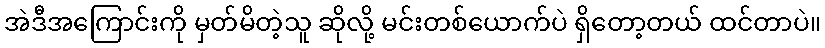
အဲဒီအကြောင်းကို မှတ်မိတဲ့သူ ဆိုလို့ မင်းတစ်ယောက်ပဲ ရှိတော့တယ် ထင်တာပဲ။